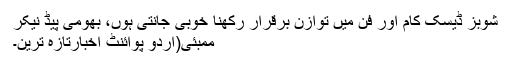
شوبز ڈیسک کام اور فن میں توازن برقرار رکھنا خوبی جانتی ہوں، بھومی پیڈ نیکر
ممبئی(اُردو پوائنٹ اخبارتازہ ترین۔